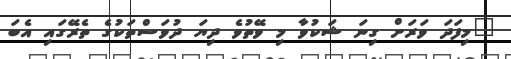
"މިފަދަ ވަރަށް ގިނަ ޝަކުވާ މި ވޭތުވެ ދިޔަ ދުވަސްތަކުގެ ތެރޭގައި އެބަ